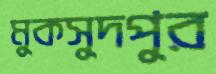
মুকসুদপুর